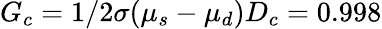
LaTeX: G_{c}=1/2\sigma(\mu_{s}-\mu_{d})D_{c}=0.998